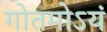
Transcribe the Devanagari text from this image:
गोतमोऽयं